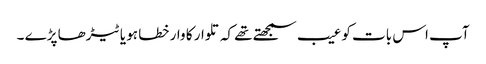
آپ اس بات کو عیب سمجھتے تھے کہ تلوار کا وار خطا ہو یا ٹیڑھا پڑے ۔